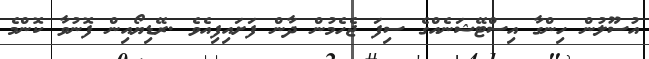
އުސޫލުން ހިންގާ އިސްޓޭޝަނެއްގެ ސިފަ ޖެހެމުން ދާން ފަށައިފިއެވެ .ރޭޑިޔޯއިން ފޮނުވާ ކޮންމެ